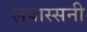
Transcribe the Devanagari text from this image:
लवास्सनी